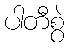
ပါတီစွဲ